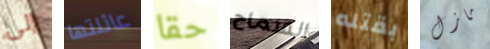
إلى عائلتها حقا السماح بقتله مازل